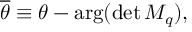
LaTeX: \overline { { { \theta } } } \equiv \theta - \mathrm { a r g } ( \operatorname * { d e t } M _ { q } ) ,